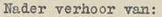
Nader verhoor van: